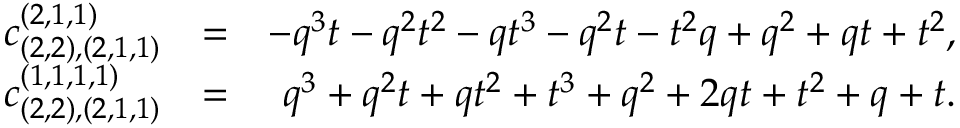
\begin{array} { r l r } { c _ { ( 2 , 2 ) , ( 2 , 1 , 1 ) } ^ { ( 2 , 1 , 1 ) } } & { = } & { - q ^ { 3 } t - q ^ { 2 } t ^ { 2 } - q t ^ { 3 } - q ^ { 2 } t - t ^ { 2 } q + q ^ { 2 } + q t + t ^ { 2 } , } \\ { c _ { ( 2 , 2 ) , ( 2 , 1 , 1 ) } ^ { ( 1 , 1 , 1 , 1 ) } } & { = } & { q ^ { 3 } + q ^ { 2 } t + q t ^ { 2 } + t ^ { 3 } + q ^ { 2 } + 2 q t + t ^ { 2 } + q + t . } \end{array}